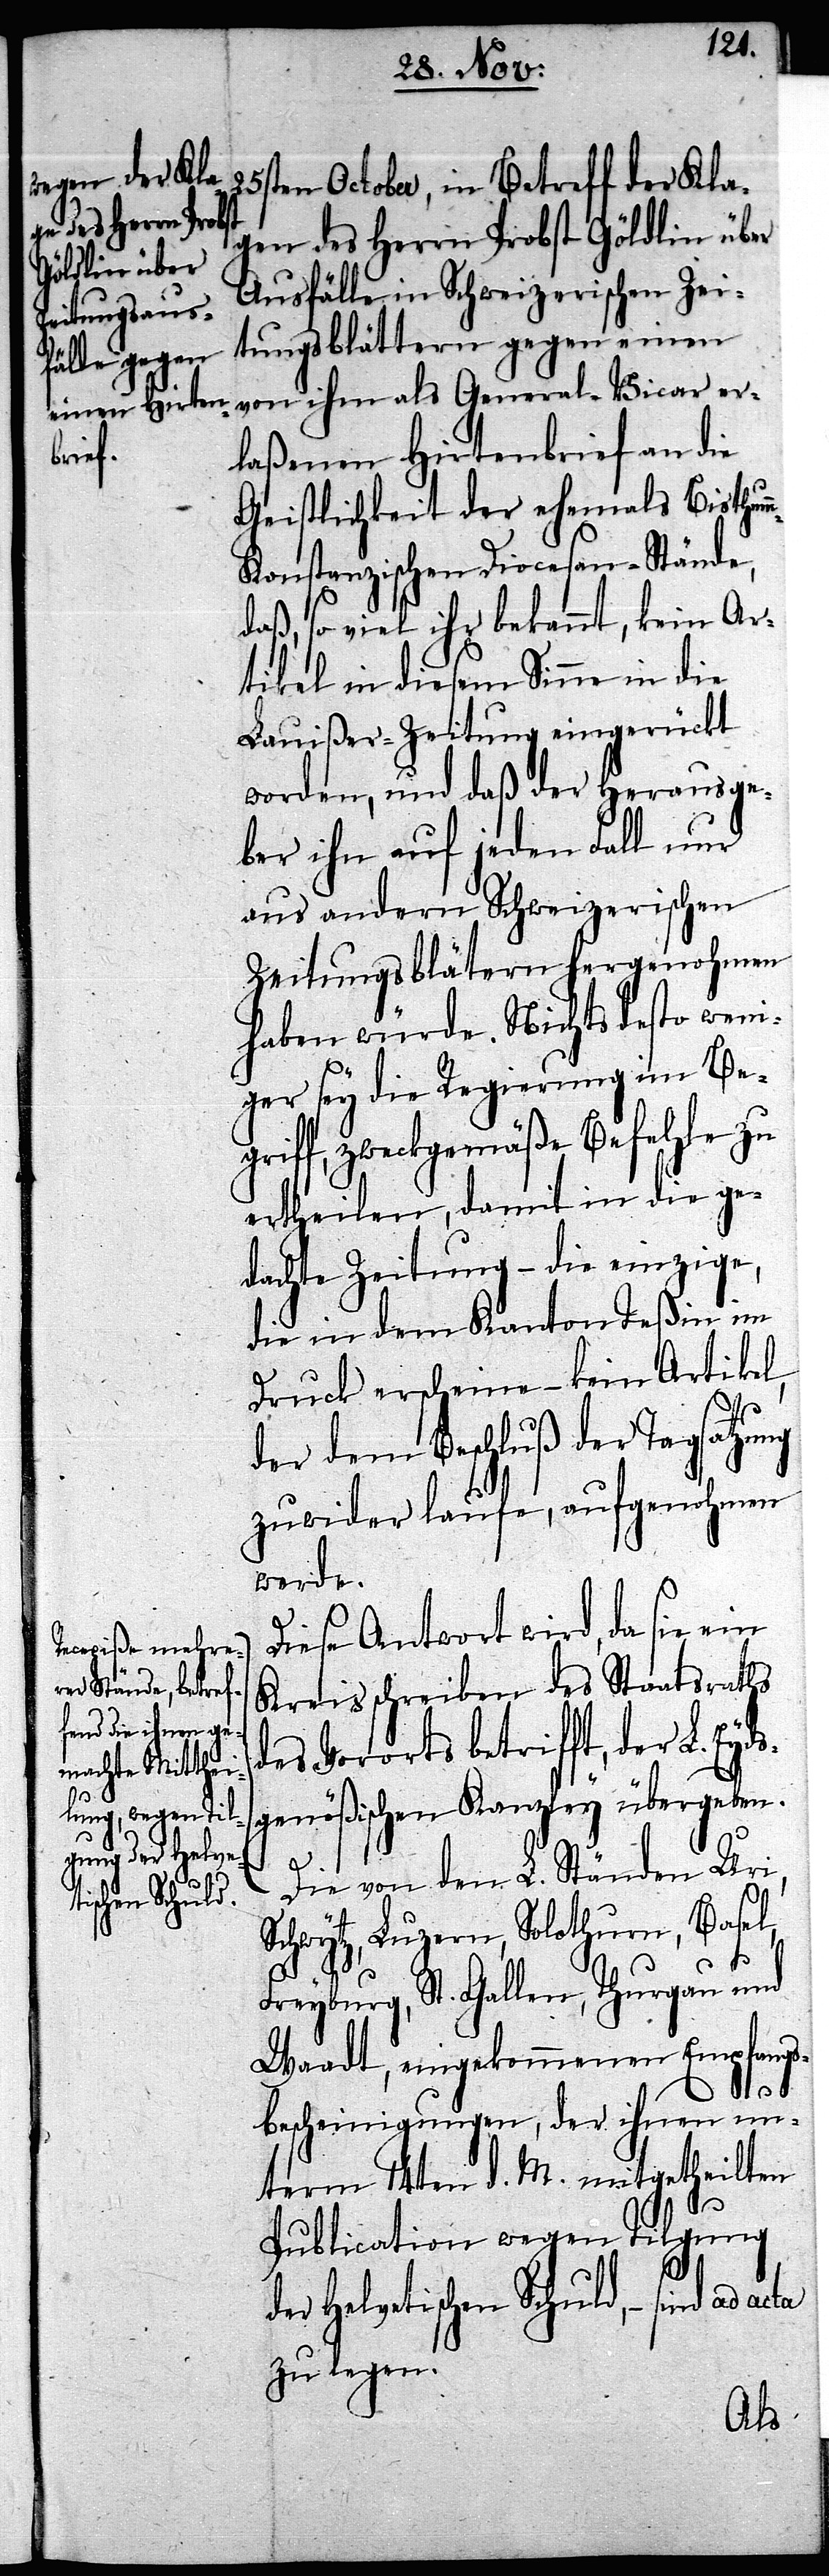
25sten October, in Betreff der Kla¬
gen des Herrn Probst Göldlin über
Ausfälle in Schweizerischen Zei¬
tungsblättern gegen einen
laßenen Hirtenbrief an die
Geistlichkeit der ehemals Bisthum¬
m-Konstanzischen Diocesan-Stände,
daß, so viel ihr bekannt, kein Ar¬
tikel in diesem Sinne in die
Lauißer-Zeitung eingerückt
worden, und daß der Herausge¬
ber ihn auf jeden Fall nur
aus andern Schweizerischen
Zeitungsblättern hergenohmen
haben würde. Nichtsdesto weni¬
ger sey die Regierung im Be¬
griff, zweckgemäße Befehle zu
ertheilen, damit in die ge¬
dachte Zeitung – die einzige,
die in dem Kanton Teßin im
Druck erscheine – kein Artikel,
der dem Beschluß der Tagsatzung
zuwider laufe, aufgenohmen
werde.
Diese Antwort wird, da sie ein
Kreisschreiben des Staatsrath
des Vororts betrifft, der L. Eyd¬
sgenößischen Kanzley übergeben.
Die von den L. Ständen Uri,
Schwytz, Luzern, Solothurn, Basel,
Freyburg, St. Gallen, Thurgau und
Waadt, eingekommenen Empfangs¬
bescheinigungen, der ihnen un¬
term 14ten d. M. mitgetheilten
er¬
Publication wegen Tilgung
der helvetischen Schuld, – sind ad
zu legen.
als